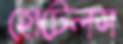
হোটেলস